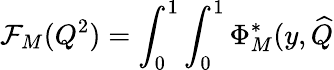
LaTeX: \mathcal{F}_{M}(Q^{2})=\int_{0}^{1}\int_{0}^{1}\Phi_{M}^{*}(y,\widehat{{Q}}